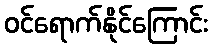
ဝင်ရောက်နိုင်ကြောင်း